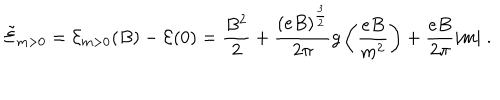
LaTeX: { \tilde { \cal { E } } } _ { m > 0 } = { \cal { E } } _ { m > 0 } ( B ) - { \cal { E } } ( 0 ) = \frac { B ^ { 2 } } { 2 } + \frac { ( e B ) ^ { \frac { 3 } { 2 } } } { 2 \pi } g \left( \frac { e B } { m ^ { 2 } } \right) + \frac { e B } { 2 \pi } | m | \; .